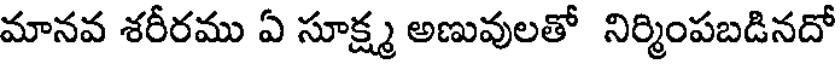
మానవ శరీరము ఏ సూక్ష్మ అణువులతో నిర్మింపబడినదో